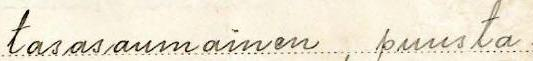
tasasaumainen, puusta